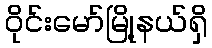
ဝိုင်းမော်မြို့နယ်ရှိ